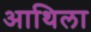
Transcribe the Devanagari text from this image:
आथिला